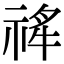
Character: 𬓄